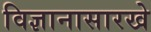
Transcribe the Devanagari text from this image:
विज्ञानासारखे